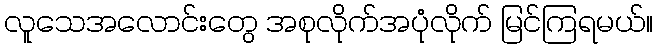
လူသေအလောင်းတွေ အစုလိုက်အပုံလိုက် မြင်ကြရမယ်။